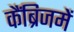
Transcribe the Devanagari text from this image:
कैंब्रिजमें